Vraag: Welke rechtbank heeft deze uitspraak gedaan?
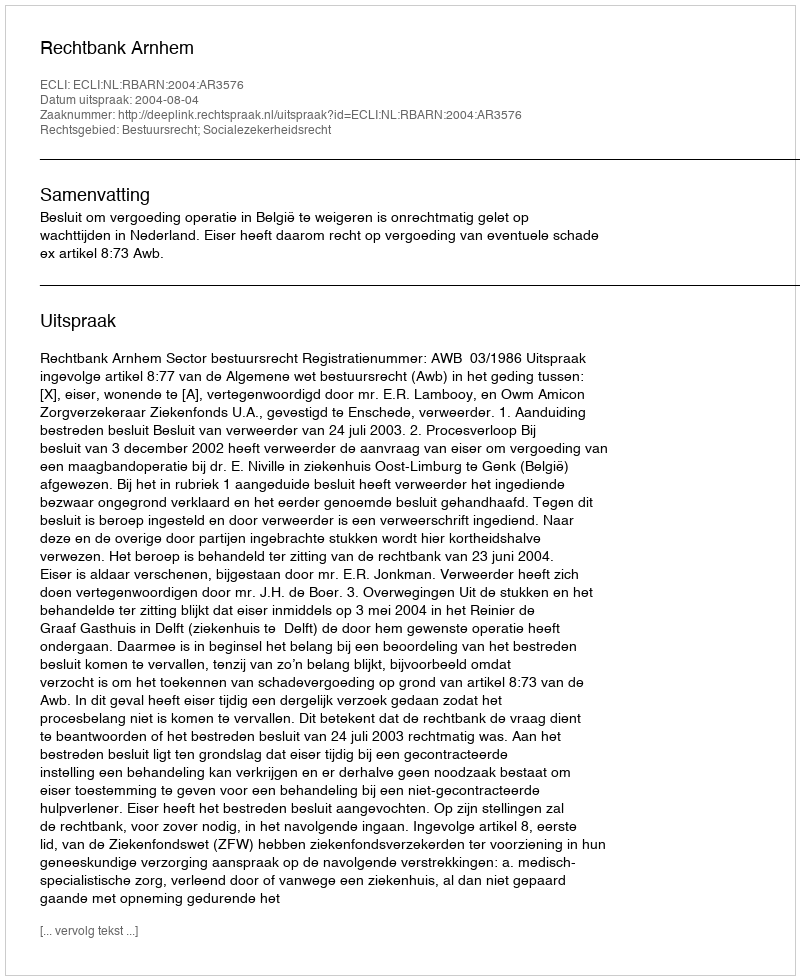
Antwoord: Rechtbank Arnhem